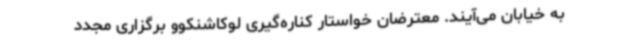
به خیابان می‌آیند. معترضان خواستار کناره‌گیری لوکاشنکوو برگزاری مجدد